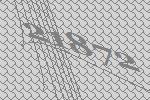
21872